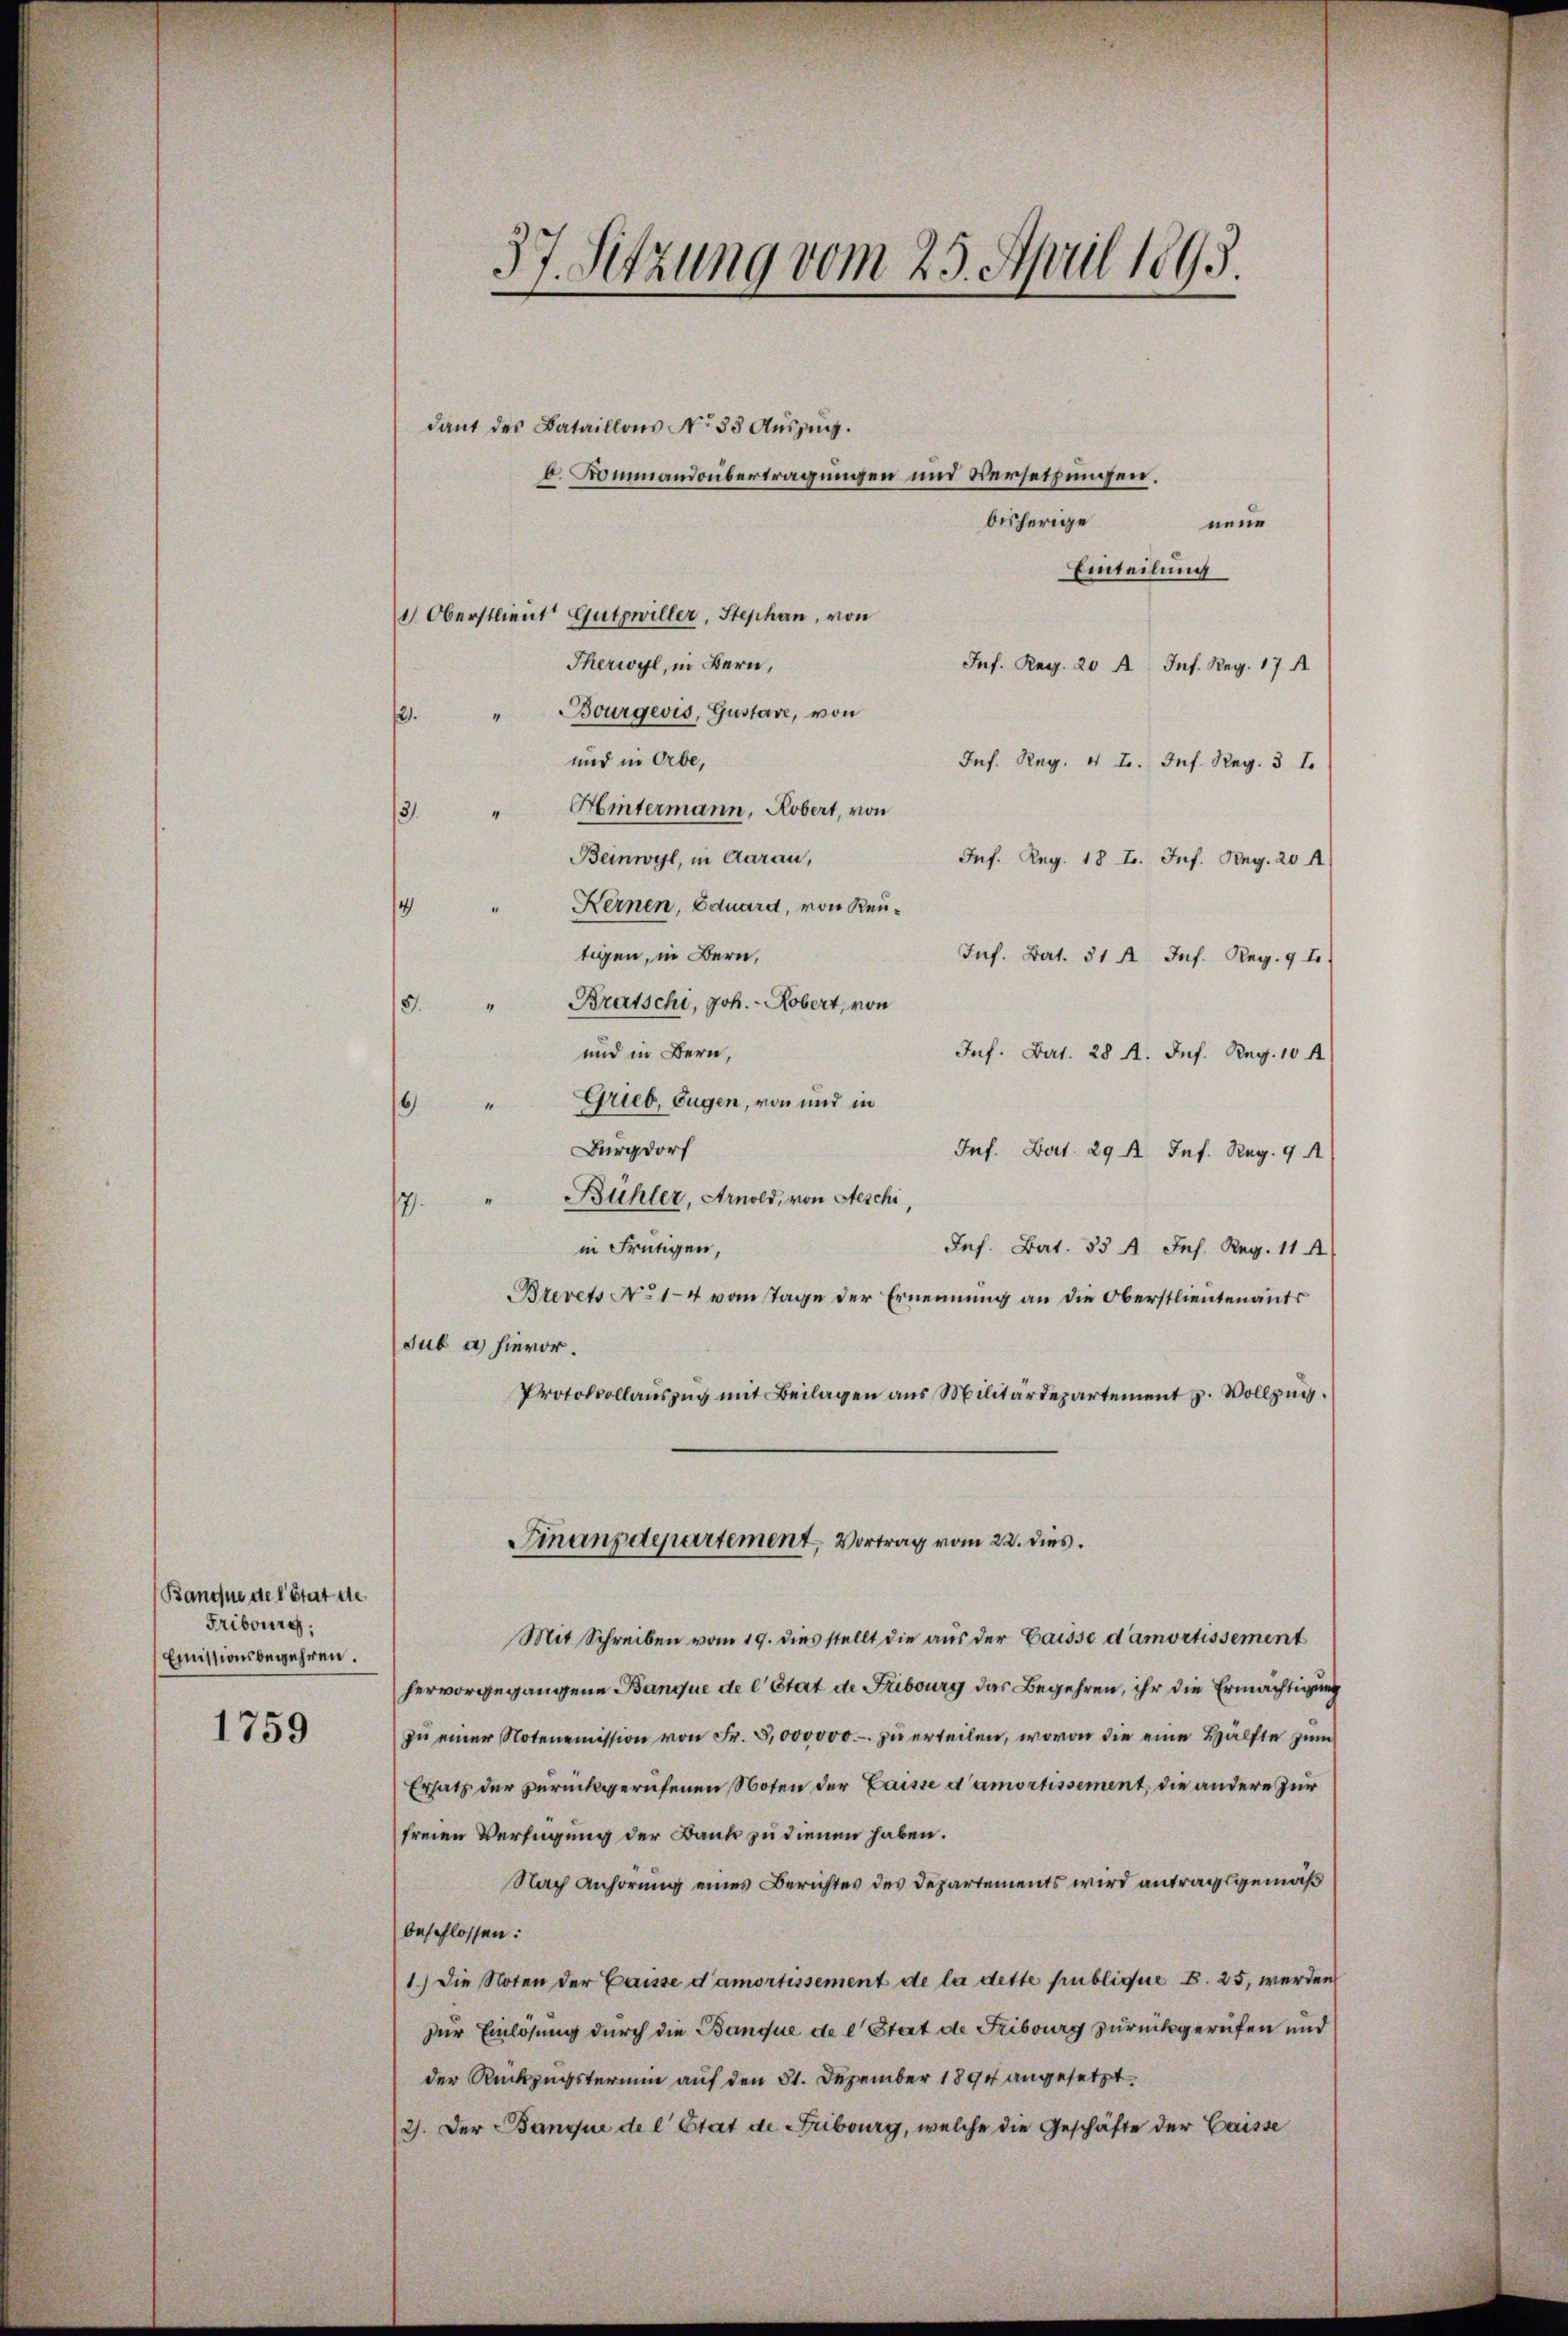
Banne de l’état de
Fribourg,
Emissionsbegehren.

1759

dant des Bataillons No 33 Auszug.
b. Kommandobertragungen und Versetzungen.
bisherige
neue
Einteilung
1. Oberstlieut. Gutswiller, Stephan, von
Therwyl, in Bern,
Inf. Reg. 20 f. Ins. Reg. 17 A
" Bourgevis, Gustare, von
2.
und in Orbe,
Ins. Reg. v. J. Ins. Reg. 3 t
" Hintermann, Robert, von
3.
Beinwyl, in Aarau,
Inf. Reg. 18 f. Inf. Aug. 20 A
Kernen, Eduard, von Reu¬
1
tigen, in Bern,
Inf. Bat. 31 f. Inf. Reg. 9 t
Bratschi, Joh. - Robert, von
4
5.
und in Bern,
Inf. Bat. 28 A. Inf. Reg. 104
6 " Grieb, Eugen, von und in
Burgdorf
Inf. Bat. 29 A. Inf. Reg. 9 A
Bühler, Arnold, von Aeschi,
17.
in Frutigen,
Jes. Bat. 35 f Jes. Reg. 114
Brevets No 1-4 vom Tage der Ernennung an die Oberstlieutenants
sub u. hievor.
Protokollaŭszŭg mit Beilagen aus Militärdepartement p. Vollzug.
Finanzdepartement, Vortrag vom 22. dies
Mit Schreiben vom 19. dies stellt die aus der Gaisse d’amortissement
hervorgegangene Banque de l’Etat de Fribourg das Begehren, ihr die Ermächtigung
zŭ einer Notenemission von Fr. 8000000.- zŭ erteilen, wovon die eine Hälfte zum
Ersatz der zurückgerufenen Noten der Gaisse d’amortissement, die andere zur
freien Verfügung der Dank zu dienen haben.
Nach Anhörung eines Berichtes des Departements wird antragsgemäß
beschlossen:
1.) Die Noten der Gaisse d’amortissement de la dette publique B. 25, werden
zur Einlösung durch die Banque de l Stat de Fribourg zurückgerufen und
der Rückzugstermin auf den 31. Dezember 1894 angesetzt
2). Der Banque de l’Etat de Fribourg, welche die Geschäfte der Gaisse

37. Sitzung vom 25. April 1893.